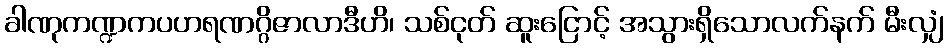
ခါဏုကဏ္ဍကပဟရဏဂ္ဂိဇာလာဒီဟိ၊ သစ်ငုတ် ဆူးငြောင့် အသွားရှိသောလက်နက် မီးလျှံ